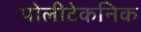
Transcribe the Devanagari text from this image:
पोलीटेकनिक